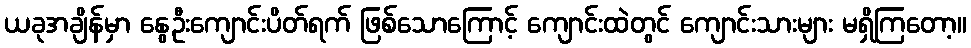
ယခုအချိန်မှာ နွေဦးကျောင်းပိတ်ရက် ဖြစ်သောကြောင့် ကျောင်းထဲတွင် ကျောင်းသားများ မရှိကြတော့။